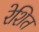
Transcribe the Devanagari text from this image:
रेशित